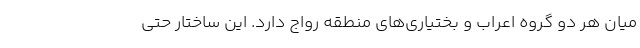
میان هر دو گروه اعراب و بختیاری‌های منطقه رواج دارد. این ساختار حتی